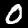
Digit: 0